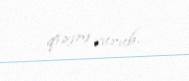
qızını vurub.